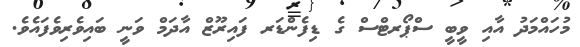
މުހައްމަދު އާއި ވީބީ ސްޕޯރޓްސް ގެ ޑިފެންޑަރ ފައިރޫޒް އާދަމް ވަނީ ބައިވެރިވެފައެވެ.